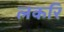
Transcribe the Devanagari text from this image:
लकरि